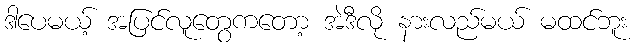
ဒါပေမယ့် အပြင်လူတွေကတော့ အဲဒီလို နားလည်မယ် မထင်ဘူး